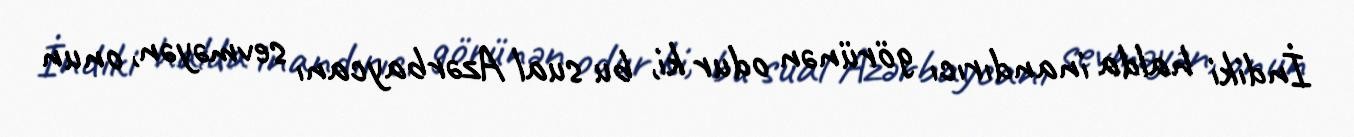
İndiki halda inandırıcı görünən odur ki, bu sual Azərbaycanı sevməyən, onun